Indian journal of veterinary science and animal husbandry - Volumes 18-21, 1948-1951
Year: 1948
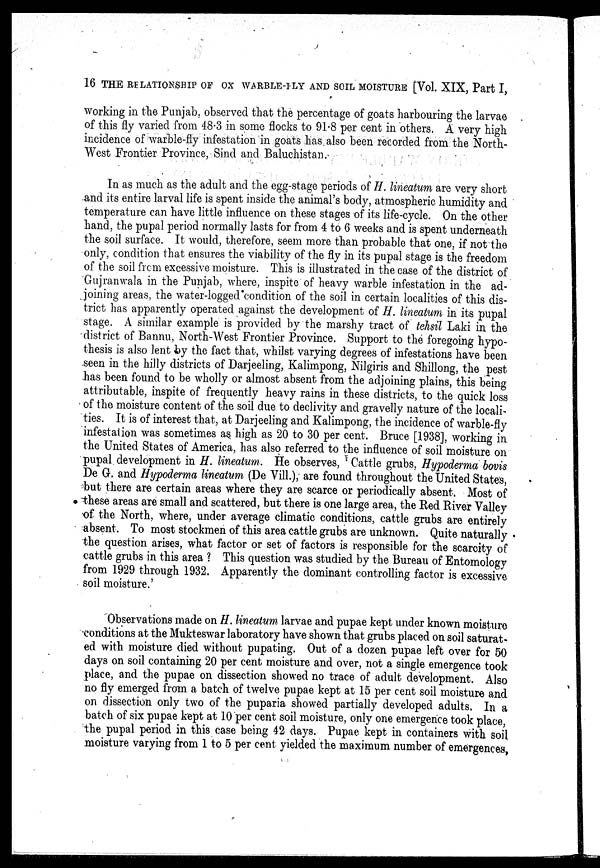
16 THE RELATIONSHIP OF OX WARBLE-FLY AND SOIL MOISTURE [Vol. XIX, Part I,
working in the Punjab, observed that the percentage of goats harbouring the larvae
of this fly varied from 48.3 in some flocks to 91.8 per cent in others. A very high
incidence of warble-fly infestation in goats has also been recorded from the North-
West Frontier Province, Sind and Baluchistan.
In as much as the adult and the egg-stage periods of H. lineatum are very short
and its entire larval life is spent inside the animal's body, atmospheric humidity and
temperature can have little influence on these stages of its life-cycle. On the other
hand, the pupal period normally lasts for from 4 to 6 weeks and is spent underneath
the soil surface. It would, therefore, seem more than probable that one, if not the
only, condition that ensures the viability of the fly in its pupal stage is the freedom
of the soil from excessive moisture. This is illustrated in the case of the district of
Gujranwala in the Punjab, where, inspite of heavy warble infestation in the ad-
joining areas, the water-logged condition of the soil in certain localities of this dis-
trict has apparently operated against the development of H. lineatum in its pupal
stage. A similar example is provided by the marshy tract of tehsil Laki in the
district of Bannu, North-West Frontier Province. Support to the foregoing hypo-
thesis is also lent by the fact that, whilst varying degrees of infestations have been
seen in the hilly districts of Darjeeling, Kalimpong, Nilgiris and Shillong, the pest
has been found to be wholly or almost absent from the adjoining plains, this being
attributable, inspite of frequently heavy rains in these districts, to the quick loss
of the moisture content of the soil due to declivity and gravelly nature of the locali-
ties. It is of interest that, at Darjeeling and Kalimpong, the incidence of warble-fly
infestation was sometimes as high as 20 to 30 per cent. Bruce [1938], working in
the United States of America, has also referred to the influence of soil moisture on
pupal development in H. lineatum. He observes, Cattle grubs, Hypoderma bovis
De G. and Hypoderma lineatum (De Vill.), are found throughout the United States,
but there are certain areas where they are scarce or periodically absent. Most of
these areas are small and scattered, but there is one large area, the Red River Valley
of the North, where, under average climatic conditions, cattle grubs are entirely
absent. To most stockmen of this area cattle grubs are unknown. Quite naturally
the question arises, what factor or set of factors is responsible for the scarcity of
cattle grubs in this area ? This question was studied by the Bureau of Entomology
from 1929 through 1932. Apparently the dominant controlling factor is excessive
soil moisture.'
Observations made on H. lineatum larvae and pupae kept under known moisture
conditions at the Mukteswar laboratory have shown that grubs placed on soil saturat-
ed with moisture died without pupating. Out of a dozen pupae left over for 50
days on soil containing 20 per cent moisture and over, not a single emergence took
place, and the pupae on dissection showed no trace of adult development. Also
no fly emerged from a batch of twelve pupae kept at 15 per cent soil moisture and
on dissection only two of the puparia showed partially developed adults. In a
batch of six pupae kept at 10 per cent soil moisture, only one emergence took place,
the pupal period in this case being 42 days. Pupae kept in containers with soil
moisture varying from 1 to 5 per cent yielded the maximum number of emergences,